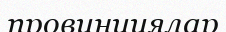
провинциялар